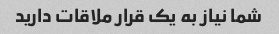
شما نیاز به یک قرار ملاقات دارید